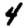
Digit: 4